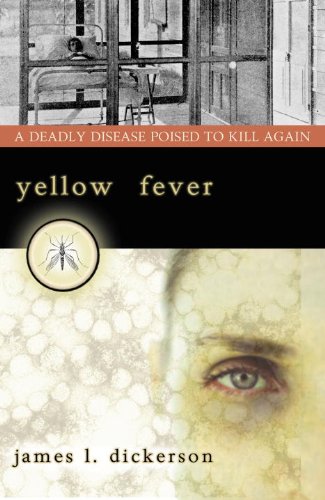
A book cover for Yellow Fever: A Deadly Disease Poised to Kill Again; James L. Dickerson; Medical Books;